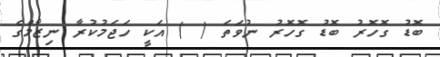
ބޮޑު ގޮހޮރު ބޮޑު ގޮހޮރު ނުވަތަ ( ) އަކީ ހަޖަމުކުރާ ނިޒާމްގެ